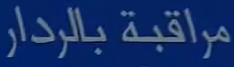
مراقبة بالرادار